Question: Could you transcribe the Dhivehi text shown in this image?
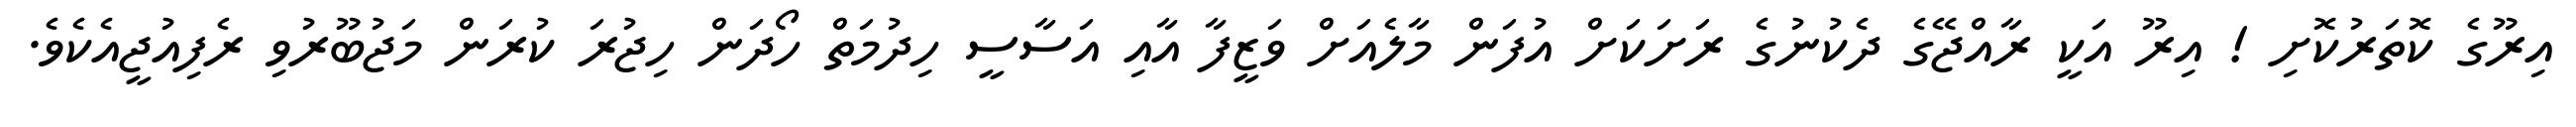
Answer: އިރޫގެ ކޮތަރުކޮށި ! އިރޫ އަކީ ރާއްޖޭގެ ދެކުނުގެ ރަށަކަށް އުފަން މާލެއަށް ވަޒީފާ އާއި އަސާސީ ހިދުމަތް ހޯދަން ހިޖުރަ ކުރަން މަޖުބޫރުވި ރެފިއުޖީއެކެވެ.